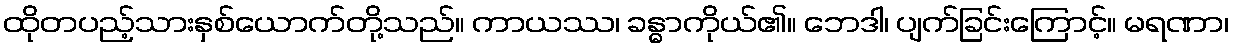
ထိုတပည့်သားနှစ်ယောက်တို့သည်။ ကာယဿ၊ ခန္ဓာကိုယ်၏။ ဘေဒါ၊ ပျက်ခြင်းကြောင့်။ မရဏာ၊